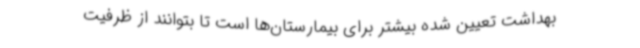
بهداشت تعیین شده بیشتر برای بیمارستان‌ها است تا بتوانند از ظرفیت‌